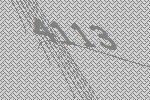
4113